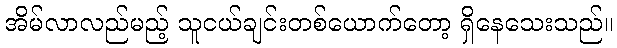
အိမ်လာလည်မည့် သူငယ်ချင်းတစ်ယောက်တော့ ရှိနေသေးသည်။